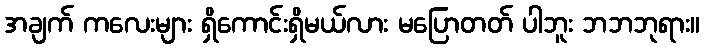
အချက် ကလေးများ ရှိကောင်းရှိမယ်လား မပြောတတ် ပါဘူး ဘဘဘုရား။